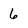
Character: 6